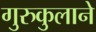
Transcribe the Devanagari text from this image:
गुरुकुलाने